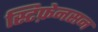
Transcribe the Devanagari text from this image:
स्टिफ़ेनसन